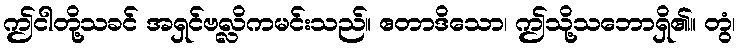
ဤငါတို့သခင် အရှင်ဗလ္လိကမင်းသည်။ ဧတာဒိသော၊ ဤသို့သဘောရှိ၏။ တွံ၊